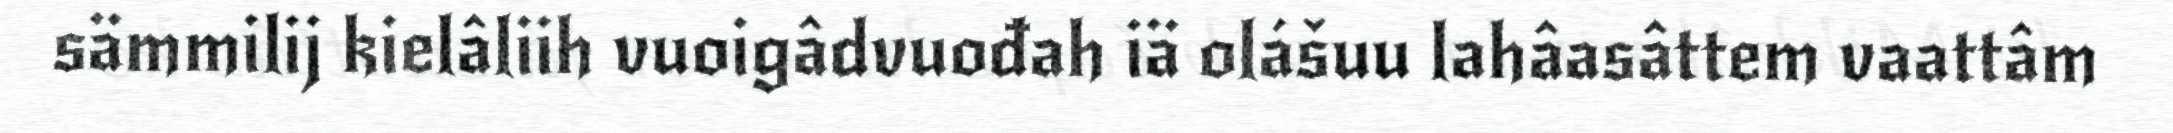
sämmilij kielâliih vuoigâdvuođah iä olášuu lahâasâttem vaattâm